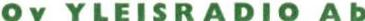
Oy YLEISRADIO Ab